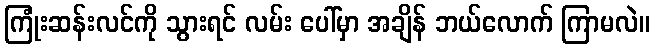
ကြုံးဆန်းလင်ကို သွားရင် လမ်း ပေါ်မှာ အချိန် ဘယ်လောက် ကြာမလဲ။